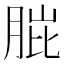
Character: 𮌗